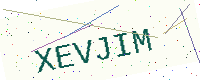
Text: XEVJIM